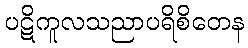
ပဋိကူလသညာပရိစိတေန